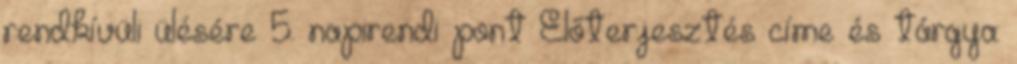
rendkívüli ülésére 5. napirendi pont Előterjesztés címe és tárgya: